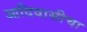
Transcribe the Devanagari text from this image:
आदिवासीचा